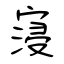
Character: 寖